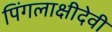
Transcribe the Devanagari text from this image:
पिंगलाक्षीदेवी